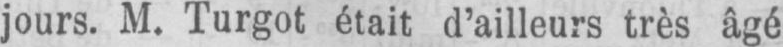
jours. M. Turgot était d’ailleurs très âgé